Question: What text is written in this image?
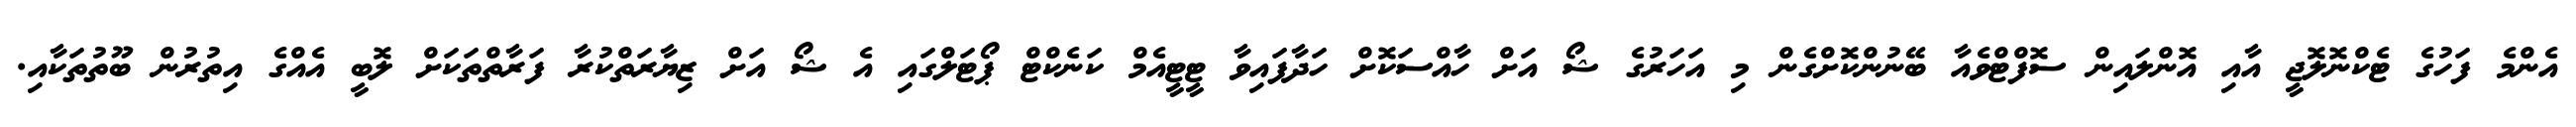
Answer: އެންމެ ފަހުގެ ޓެކްނޮލޮޖީ އާއި އޮންލައިން ސޮފްޓްވެއާ ބޭނުންކޮށްގެން މި އަހަރުގެ ޝޯ އަށް ހާއްސަކޮށް ހަދާފައިވާ ޓީޓީއެމް ކަނެކްޓް ޕޯޓަލްގައި އެ ޝޯ އަށް ޒިޔާރަތްކުރާ ފަރާތްތަކަށް ލޮބީ އެއްގެ އިތުރުން ބޫތުތަކާއި.